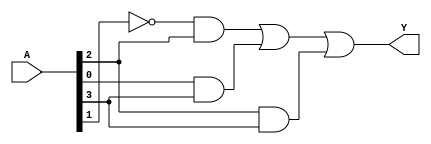
module hybrid_minimization (
    input wire [3:0] A, // 4 input variables
    output wire Y       // Output
);

// Define the truth table for the logic function
// Example: Y = A1'A2 + A0A3 + A2A3 (a sample function for demonstration)
wire A0, A1, A2, A3;
assign {A3, A2, A1, A0} = A;

wire term1, term2, term3;

// Algebraic Minimization using basic logic gates
assign term1 = ~A1 & A2; // A1' A2
assign term2 = A0 & A3;  // A0 A3
assign term3 = A2 & A3;  // A2 A3

assign Y = term1 | term2 | term3; // Final output logic

endmodule